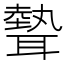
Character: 𦗙